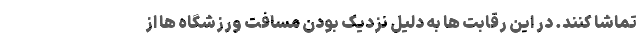
تماشا کنند. در این رقابت ها به دلیل نزدیک بودن مسافت ورزشگاه ها از